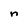
Character: n